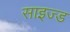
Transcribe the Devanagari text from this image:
साइज्ड